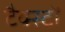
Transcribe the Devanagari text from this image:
टैक्स्टों